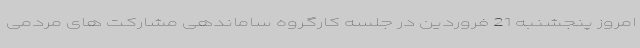
امروز پنجشنبه 21 فروردین در جلسه کارگروه ساماندهی مشارکت های مردمی